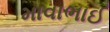
માવાભાઈ